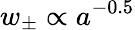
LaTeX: w_{\pm}\propto a^{-0.5}